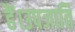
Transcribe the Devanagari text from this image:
हैं।उपजाति